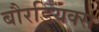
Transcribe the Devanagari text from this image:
बौरडियक्स